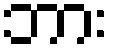
ဘား